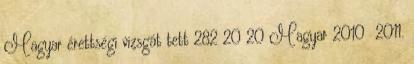
Magyar érettségi vizsgát tett 282 20 20 Magyar 2010 2011.